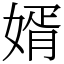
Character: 婿